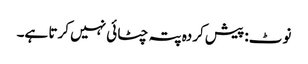
نوٹ: پیش کردہ پتہ چٹائی نہیں کرتا ہے۔